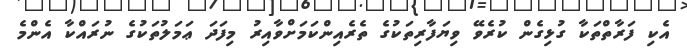
އެކި ފަރާތްތަކާ ގުޅިގެން ކުރެވޭ ވިޔަފާރިތަކުގެ ތެރެއިންކަމަށްވާއިރު މިފަދަ ޢަމަލުތަކުގެ ނުރައްކާ އެންމެ